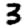
Digit: 3